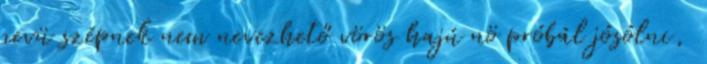
nevü szépnek nem nevezhető vörös hajú nö próbál jósólni,